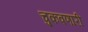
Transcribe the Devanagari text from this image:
चुकवणारी